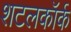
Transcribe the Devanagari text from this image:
शटलकॉर्क